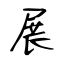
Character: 展